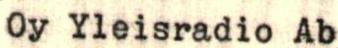
Oy Yleisradio Ab